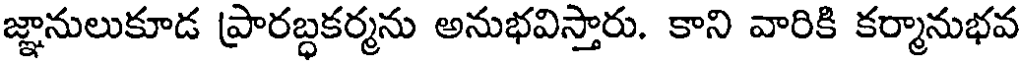
జ్ఞానులుకూడ ప్రారబ్ధకర్మను అనుభవిస్తారు. కాని వారికి కర్మానుభవ